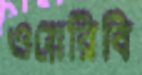
ওয়েরিবি